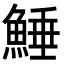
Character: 𩸫